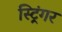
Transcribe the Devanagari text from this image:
स्ट्रिंगर